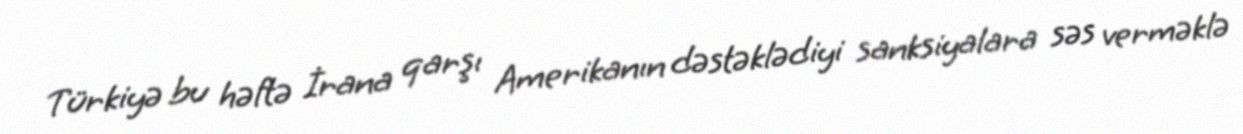
Türkiyə bu həftə İrana qarşı Amerikanın dəstəklədiyi sanksiyalara səs verməklə